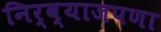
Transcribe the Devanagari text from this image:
निर्व्याजपणा